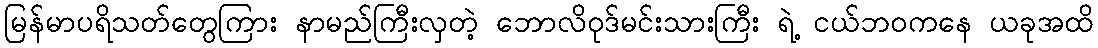
မြန်မာပရိသတ်တွေကြား နာမည်ကြီးလှတဲ့ ဘောလိဝုဒ်မင်းသားကြီး ရဲ့ ငယ်ဘဝကနေ ယခုအထိ